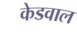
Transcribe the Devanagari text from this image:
केडवाल